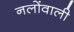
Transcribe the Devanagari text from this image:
नलोंवाली